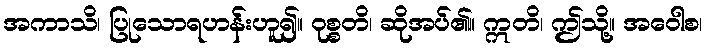
အကာသိ၊ ပြုသောရဟန်းဟူ၍။ ဝုစ္စတိ၊ ဆိုအပ်၏။ ဣတိ၊ ဤသို့။ အဝေါစ၊